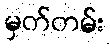
မှတ်တမ်း